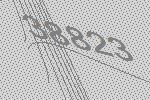
38823